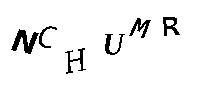
NCHUMR